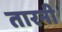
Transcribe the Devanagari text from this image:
तारनी